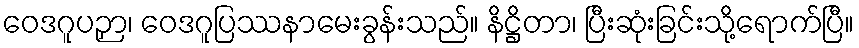
ဝေဒဂူပဉှာ၊ ဝေဒဂူပြဿနာမေးခွန်းသည်။ နိဋ္ဌိတာ၊ ပြီးဆုံးခြင်းသို့ရောက်ပြီ။